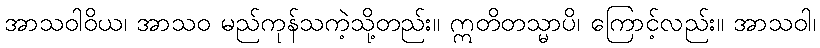
အာသဝါဝိယ၊ အာသဝ မည်ကုန်သကဲ့သို့တည်း။ ဣတိတသ္မာပိ၊ ကြောင့်လည်း။ အာသဝါ၊